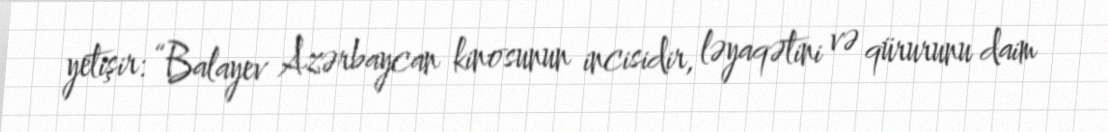
yetişir: “Balayev Azərbaycan kinosunun incisidir, ləyaqətini və qürurunu daim